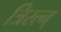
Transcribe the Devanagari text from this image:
त्रिरत्न्